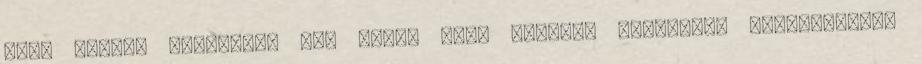
alap szintű tudásával meg tudja majd oldani. Szomorúan elővánszorog